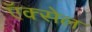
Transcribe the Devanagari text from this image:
ऍक्सेल